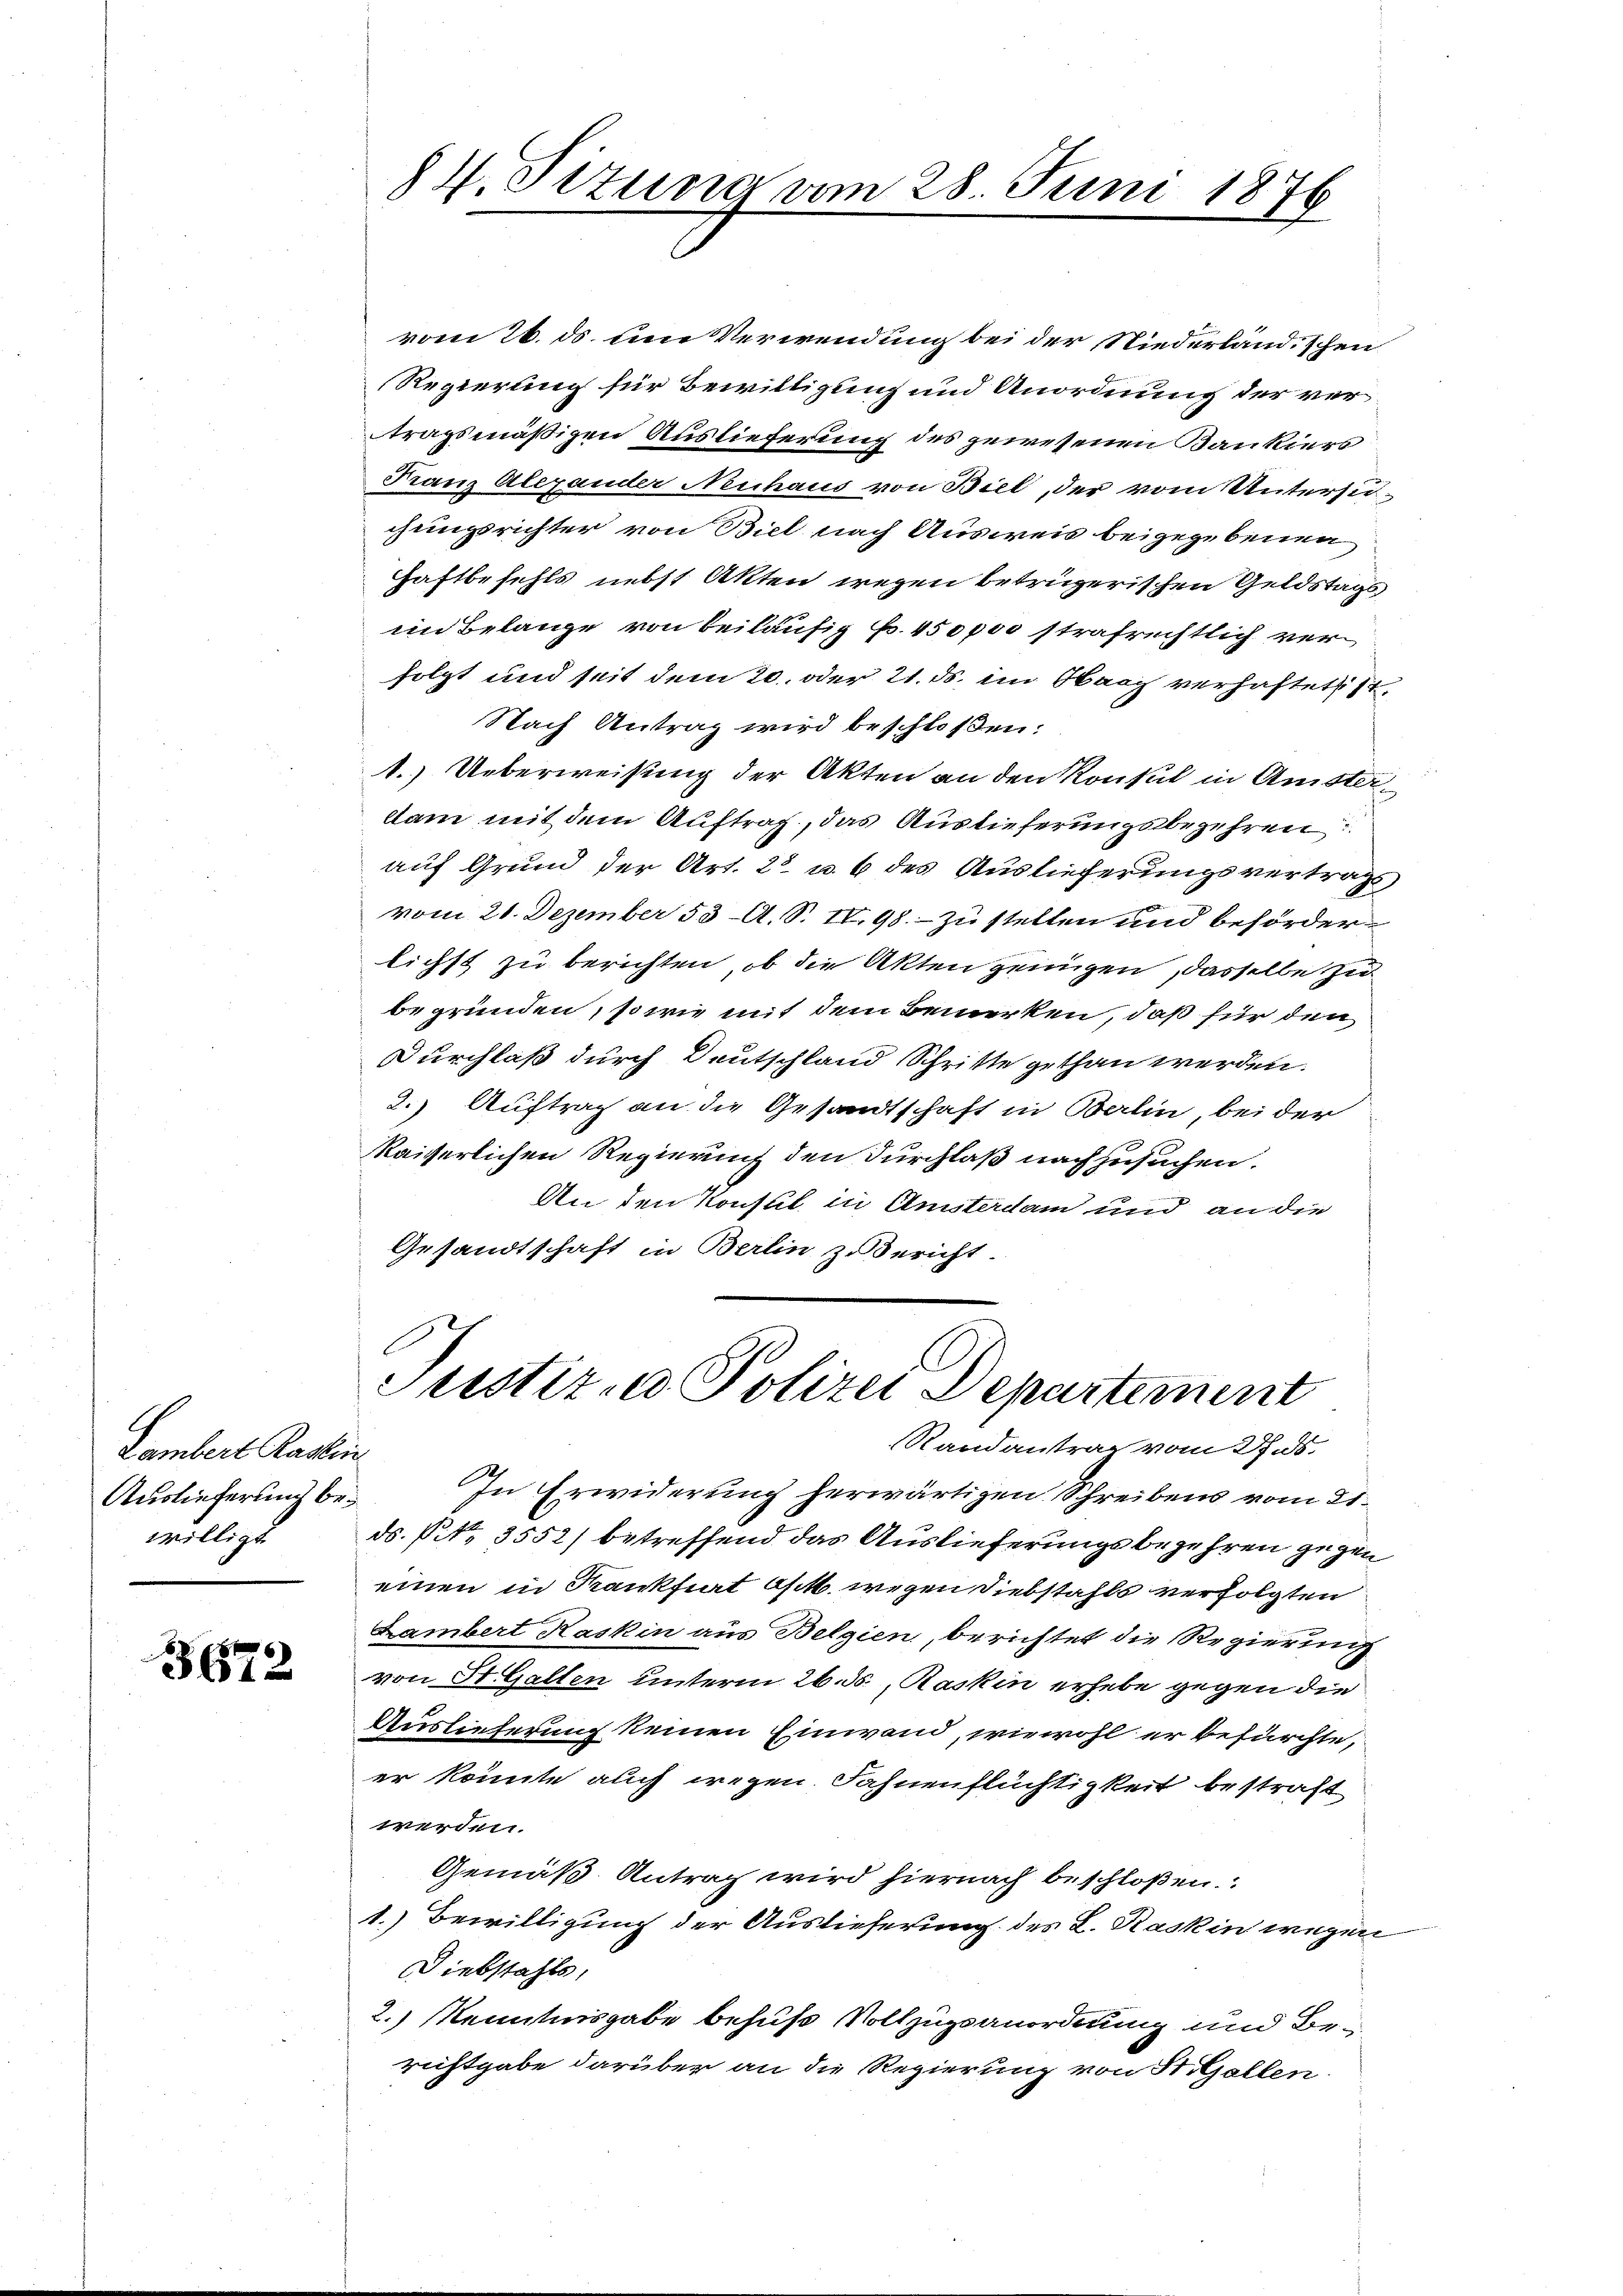
Dambert Rattin
Auslieferung bei

3672

vom 26. ds. um Verwendung bei der Niederlandischen
Regierung für Bewilligung und Anordnung der vertragsmäßigen Auslieferung des gewesenen Kankiers
Franz Alexander Neuhaus von Biel, der vom Untersuchungsrichter von Biel nach Ausweis beigegebenen
Haftbefehls nebst Akten wegen betrügerischen Geldstags
im Belange von beiläufig p. 450000 strafrechtlich verfolgt und seit dem 20. oder 21. ds. im Oberg verhaftet s
Nach Antrag wird beschloßen:
1.) Ueberweisung der Akten an den Konsul in Amsterdam mit dem Auftrag, das Auslieferungsbegehren
auf Grund der Art. 22 u. 6 des Auslieferungsvertrags
vom 21. Dezember 53 A. S. IV 98. - zu stellen und beförderlichst zu berichten, ob die Akten genügen, dasselbe zu
begründen, sowie mit dem Bemerken, daß für den
Durchlaß durch Deutschland Schritte gethan werden.
2.) Auftrag an die Gesandtschaft in Balin, bei der
kaiserlichen Regierung den Durchlaß nachzusuchen.
An den Konsul in Amsterdam und an die
Gesandtschaft in Berlin z. Bericht.

84. Sizung vom 28. Juni 1876

Justiz- u Polizei Departement
Randantrag vom Ins

In Erwiderung herwärtigen Schreibens vom 21.
willigt ds. Pit. 3552) betreffend das Auslieferungsbegehren gegen
einen in Krankfiat Oktb. wegen Diebstahls verfolgten
Lambert Kaskin aus Belgien, berichtet die Regierung
von St. Gallen unterm 26. ds., Raskin erhebe gegen die
Auslieferung keinen Einwand, wiewohl er befürchte,
er könnte auch wegen Fahnenflüchtigkeit bestraft
werden.
Gemäß Antrag wird hiernach beschloßen.
1.) Bewilligung der Auslieferung des L. Kaskin wegen
Diebstahls,
2.) Kenntnisgabe behufs Vollzugsanordnung und Berichtgabe darüber an die Regierung von St. Gallen.